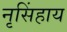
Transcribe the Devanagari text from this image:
नृसिंहाय